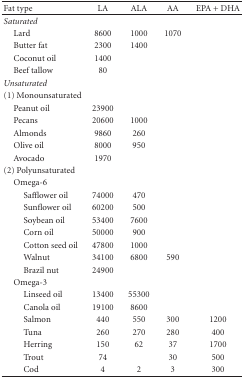
<table><thead><tr><td><b>Fat type</b></td><td><b>LA</b></td><td><b>ALA</b></td><td><b>AA</b></td><td><b>EPA + DHA</b></td></tr></thead><tbody><tr><td><i>Saturated</i></td><td>[EMPTY_CELL]</td><td>[EMPTY_CELL]</td><td>[EMPTY_CELL]</td><td>[EMPTY_CELL]</td></tr><tr><td> Lard</td><td>8600</td><td>1000</td><td>1070</td><td>[EMPTY_CELL]</td></tr><tr><td> Butter fat</td><td>2300</td><td>1400</td><td>[EMPTY_CELL]</td><td>[EMPTY_CELL]</td></tr><tr><td> Coconut oil</td><td>1400</td><td>[EMPTY_CELL]</td><td>[EMPTY_CELL]</td><td>[EMPTY_CELL]</td></tr><tr><td> Beef tallow</td><td>80</td><td>[EMPTY_CELL]</td><td>[EMPTY_CELL]</td><td>[EMPTY_CELL]</td></tr><tr><td><i>Unsaturated</i></td><td>[EMPTY_CELL]</td><td>[EMPTY_CELL]</td><td>[EMPTY_CELL]</td><td>[EMPTY_CELL]</td></tr><tr><td>(1) Monounsaturated</td><td>[EMPTY_CELL]</td><td>[EMPTY_CELL]</td><td>[EMPTY_CELL]</td><td>[EMPTY_CELL]</td></tr><tr><td> Peanut oil</td><td>23900</td><td>[EMPTY_CELL]</td><td>[EMPTY_CELL]</td><td>[EMPTY_CELL]</td></tr><tr><td> Pecans</td><td>20600</td><td>1000</td><td>[EMPTY_CELL]</td><td>[EMPTY_CELL]</td></tr><tr><td> Almonds</td><td>9860</td><td>260</td><td>[EMPTY_CELL]</td><td>[EMPTY_CELL]</td></tr><tr><td> Olive oil</td><td>8000</td><td>950</td><td>[EMPTY_CELL]</td><td>[EMPTY_CELL]</td></tr><tr><td> Avocado</td><td>1970</td><td>[EMPTY_CELL]</td><td>[EMPTY_CELL]</td><td>[EMPTY_CELL]</td></tr><tr><td>(2) Polyunsaturated</td><td>[EMPTY_CELL]</td><td>[EMPTY_CELL]</td><td>[EMPTY_CELL]</td><td>[EMPTY_CELL]</td></tr><tr><td> Omega-6</td><td>[EMPTY_CELL]</td><td>[EMPTY_CELL]</td><td>[EMPTY_CELL]</td><td>[EMPTY_CELL]</td></tr><tr><td>Safflower oil</td><td>74000</td><td>470</td><td>[EMPTY_CELL]</td><td>[EMPTY_CELL]</td></tr><tr><td>Sunflower oil</td><td>60200</td><td>500</td><td>[EMPTY_CELL]</td><td>[EMPTY_CELL]</td></tr><tr><td>Soybean oil</td><td>53400</td><td>7600</td><td>[EMPTY_CELL]</td><td>[EMPTY_CELL]</td></tr><tr><td>Corn oil</td><td>50000</td><td>900</td><td>[EMPTY_CELL]</td><td>[EMPTY_CELL]</td></tr><tr><td>Cotton seed oil</td><td>47800</td><td>1000</td><td>[EMPTY_CELL]</td><td>[EMPTY_CELL]</td></tr><tr><td>Walnut</td><td>34100</td><td>6800</td><td>590</td><td>[EMPTY_CELL]</td></tr><tr><td>Brazil nut</td><td>24900</td><td>[EMPTY_CELL]</td><td>[EMPTY_CELL]</td><td>[EMPTY_CELL]</td></tr><tr><td> Omega-3</td><td>[EMPTY_CELL]</td><td>[EMPTY_CELL]</td><td>[EMPTY_CELL]</td><td>[EMPTY_CELL]</td></tr><tr><td>Linseed oil</td><td>13400</td><td>55300</td><td>[EMPTY_CELL]</td><td>[EMPTY_CELL]</td></tr><tr><td>Canola oil</td><td>19100</td><td>8600</td><td>[EMPTY_CELL]</td><td>[EMPTY_CELL]</td></tr><tr><td>Salmon</td><td>440</td><td>550</td><td>300</td><td>1200</td></tr><tr><td>Tuna</td><td>260</td><td>270</td><td>280</td><td>400</td></tr><tr><td>Herring</td><td>150</td><td>62</td><td>37</td><td>1700</td></tr><tr><td>Trout</td><td>74</td><td>[EMPTY_CELL]</td><td>30</td><td>500</td></tr><tr><td>Cod</td><td>4</td><td>2</td><td>3</td><td>300</td></tr></tbody></table>